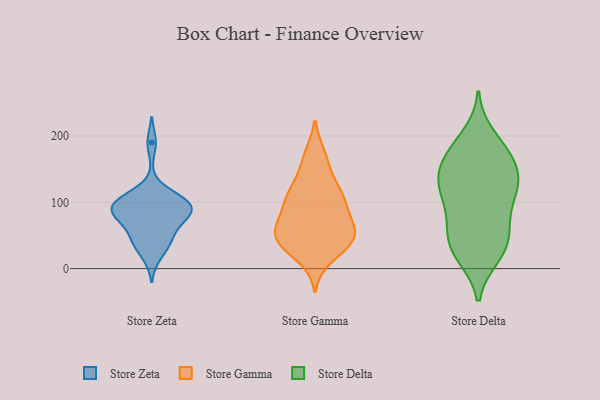
{"axis": {"x": "Temperature (°C)", "y": "Value"}, "legend": ["Store Delta", "Store Gamma", "Store Zeta"], "data": [{"x": "", "y": 78, "type": "Store Zeta"}, {"x": "", "y": 88, "type": "Store Zeta"}, {"x": "", "y": 98, "type": "Store Zeta"}, {"x": "", "y": 190, "type": "Store Zeta"}, {"x": "", "y": 113, "type": "Store Zeta"}, {"x": "", "y": 42, "type": "Store Zeta"}, {"x": "", "y": 78, "type": "Store Zeta"}, {"x": "", "y": 61, "type": "Store Zeta"}, {"x": "", "y": 41, "type": "Store Zeta"}, {"x": "", "y": 95, "type": "Store Zeta"}, {"x": "", "y": 75, "type": "Store Zeta"}, {"x": "", "y": 106, "type": "Store Zeta"}, {"x": "", "y": 84, "type": "Store Zeta"}, {"x": "", "y": 102, "type": "Store Zeta"}, {"x": "", "y": 18, "type": "Store Zeta"}, {"x": "", "y": 97, "type": "Store Zeta"}, {"x": "", "y": 40, "type": "Store Zeta"}, {"x": "", "y": 121, "type": "Store Gamma"}, {"x": "", "y": 52, "type": "Store Gamma"}, {"x": "", "y": 50, "type": "Store Gamma"}, {"x": "", "y": 66, "type": "Store Gamma"}, {"x": "", "y": 38, "type": "Store Gamma"}, {"x": "", "y": 92, "type": "Store Gamma"}, {"x": "", "y": 105, "type": "Store Gamma"}, {"x": "", "y": 110, "type": "Store Gamma"}, {"x": "", "y": 54, "type": "Store Gamma"}, {"x": "", "y": 106, "type": "Store Gamma"}, {"x": "", "y": 16, "type": "Store Gamma"}, {"x": "", "y": 35, "type": "Store Gamma"}, {"x": "", "y": 171, "type": "Store Gamma"}, {"x": "", "y": 167, "type": "Store Gamma"}, {"x": "", "y": 86, "type": "Store Gamma"}, {"x": "", "y": 54, "type": "Store Gamma"}, {"x": "", "y": 60, "type": "Store Gamma"}, {"x": "", "y": 136, "type": "Store Gamma"}, {"x": "", "y": 30, "type": "Store Gamma"}, {"x": "", "y": 130, "type": "Store Delta"}, {"x": "", "y": 65, "type": "Store Delta"}, {"x": "", "y": 67, "type": "Store Delta"}, {"x": "", "y": 177, "type": "Store Delta"}, {"x": "", "y": 170, "type": "Store Delta"}, {"x": "", "y": 200, "type": "Store Delta"}, {"x": "", "y": 122, "type": "Store Delta"}, {"x": "", "y": 82, "type": "Store Delta"}, {"x": "", "y": 157, "type": "Store Delta"}, {"x": "", "y": 107, "type": "Store Delta"}, {"x": "", "y": 155, "type": "Store Delta"}, {"x": "", "y": 179, "type": "Store Delta"}, {"x": "", "y": 38, "type": "Store Delta"}, {"x": "", "y": 126, "type": "Store Delta"}, {"x": "", "y": 46, "type": "Store Delta"}, {"x": "", "y": 19, "type": "Store Delta"}, {"x": "", "y": 21, "type": "Store Delta"}, {"x": "", "y": 124, "type": "Store Delta"}, {"x": "", "y": 125, "type": "Store Delta"}, {"x": "", "y": 29, "type": "Store Delta"}]}